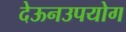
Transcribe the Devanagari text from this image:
देऊनउपयोग